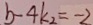
b - 4 k _ { 2 } = - 2